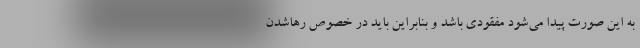
به این صورت پیدا می‌شود مفقودی باشد و بنابراین باید در خصوص رهاشدن